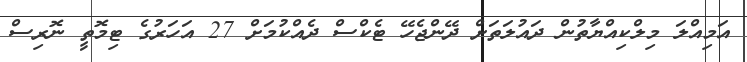
އަމިއްލަ މިލްކިއްޔާތުން ދައުލަތަށް ދޭންޖެހޭ ޓެކްސް ދެއްކުމަށް 27 އަހަރުގެ ޓިމޮތީ ނޮރިސް